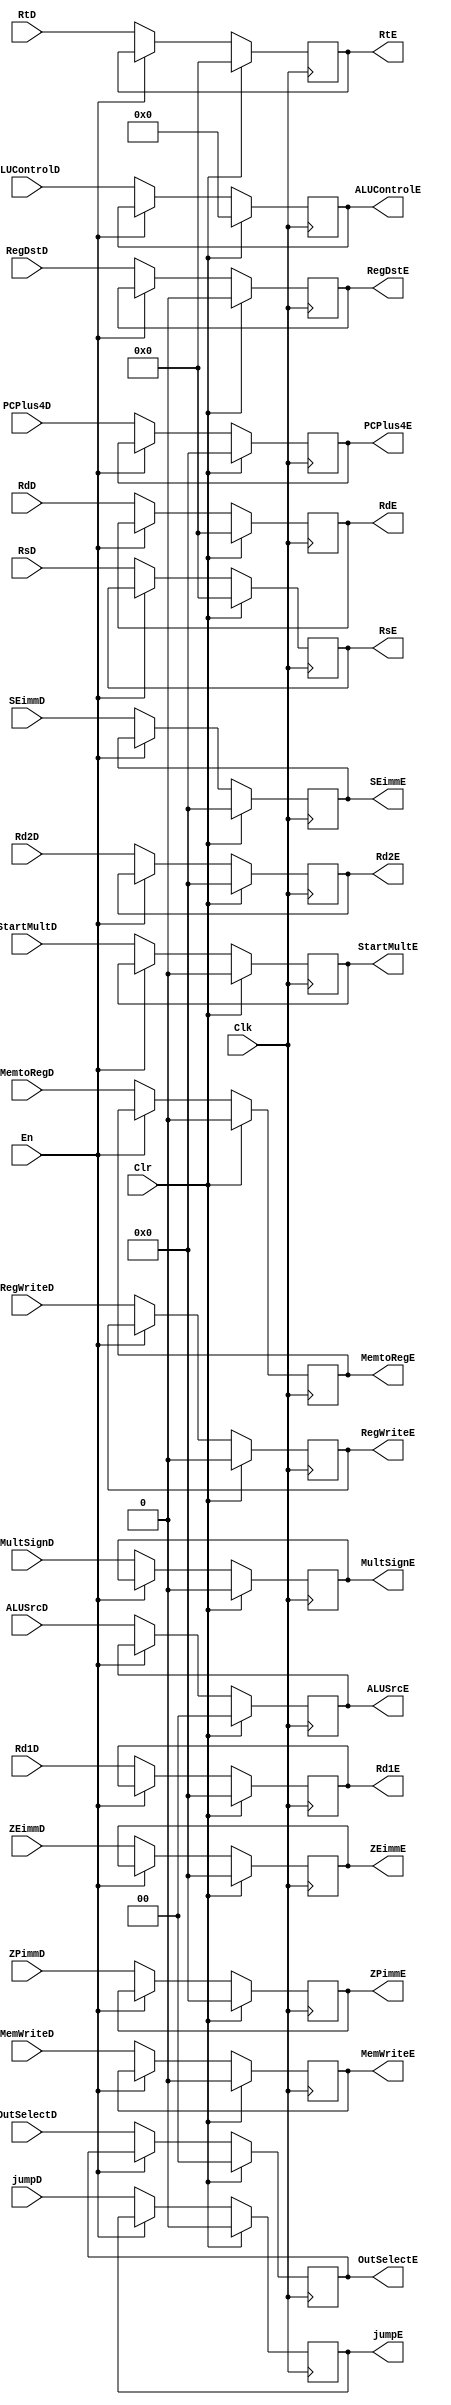
// pipeline register between decode and execute
module DEReg
(
    // control signals to forward
    input RegWriteD,
    output reg RegWriteE,
    input MemtoRegD,
    output reg MemtoRegE,
    input MemWriteD,
    output reg MemWriteE,
    input [3:0] ALUControlD,
    output reg [3:0] ALUControlE,
    input [1:0] ALUSrcD,
    output reg [1:0] ALUSrcE,
    input RegDstD,
    output reg RegDstE,
    input StartMultD,
    output reg StartMultE,
    input MultSignD,
    output reg MultSignE,
    input [1:0] OutSelectD,
    output reg [1:0] OutSelectE,
    input jumpD,
    output reg jumpE,

    // datapath signals to forward
    input [31:0] Rd1D, // register file reg1 from decode stage
    output reg [31:0] Rd1E, // register file reg1 to execute stage
    input [31:0] Rd2D, // register file reg2 from decode stage
    output reg [31:0] Rd2E, // register file reg2 to execute stage
    input [4:0] RsD, // source reg# from decode stage
    output reg [4:0] RsE, // source reg# to execute stage
    input [4:0] RtD, // source reg# from decode stage
    output reg [4:0] RtE, // source reg# to execute stage
    input [4:0] RdD, // destination reg# from decode stage
    output reg [4:0] RdE, // destination reg# to execute stage
    input [31:0] SEimmD, // sign extended immediate from decode stage
    output reg [31:0] SEimmE, // sign extended immediate to execute stage
    input [31:0] ZEimmD, // zero extended immediate from decode stage
    output reg [31:0] ZEimmE, // zero extended immediate to execute stage
    input [31:0] ZPimmD, // zero padded immediate from decode stage
    output reg [31:0] ZPimmE, // zero padded immediate to execute stage

    input [31:0] PCPlus4D,
    output reg [31:0] PCPlus4E,

    input En,
    input Clk, // clock
    input Clr // clear
);


always @(posedge Clk)
begin
    if (Clr)
    begin
    	RegWriteE <= 0;
   	MemtoRegE <= 0;
   	MemWriteE <= 0;
    	ALUControlE <= 4'h0;
   	ALUSrcE <= 2'h0;
   	RegDstE <= 0;
    	StartMultE <= 0;
    	MultSignE <= 0;
    	OutSelectE <= 2'h0;
    	jumpE <= 0;
	PCPlus4E <= 32'h0;

    	Rd1E <= 32'h0;
    	Rd2E <= 32'h0;
    	RsE <= 5'h0;
   	RtE <= 5'h0;
    	RdE <= 5'h0;
    	SEimmE <= 32'h0;
    	ZEimmE <= 32'h0;
    	ZPimmE <= 32'h0;
    end
    else if(~En)
    begin
	RegWriteE <= RegWriteD;
        MemtoRegE <= MemtoRegD;
        MemWriteE <= MemWriteD;
        ALUControlE <= ALUControlD;
        ALUSrcE <= ALUSrcD;
        RegDstE <= RegDstD;
        StartMultE <= StartMultD;
        MultSignE <= MultSignD;
        OutSelectE <= OutSelectD;
        jumpE <= jumpD;
	PCPlus4E <= PCPlus4D;

        // get the next input on the rising clock edge
        Rd1E <= Rd1D;
        Rd2E <= Rd2D;
        RsE <= RsD;
        RtE <= RtD;
        RdE <= RdD;
        SEimmE <= SEimmD;
        ZEimmE <= ZEimmD;
	ZPimmE <= ZPimmD;
    end
end
endmodule